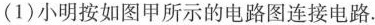
(1)小明按如图甲所示的电路图连接电路。